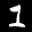
Label: 1